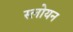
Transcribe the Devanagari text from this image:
स्लोयन